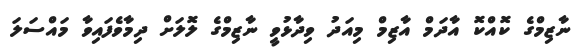
ނާޒިމްގެ ކޮއްކޮ އާދަމް އާޒިމް މިއަދު ވިދާޅުވީ ނާޒިމްގެ ލޮލަށް ދިމާވެފައިވާ މައްސަލަ